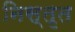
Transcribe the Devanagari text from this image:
निस्तृत